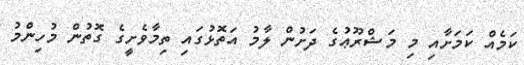
ކަމެއް ކަމަށާއި މި މަޝްރޫޢުގެ ދަށުން ލާމު އަތޮޅުގައި ތިމާވެށީގެ ގޮތުން މުހިންމު